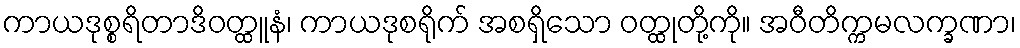
ကာယဒုစ္စရိတာဒိဝတ္ထူနံ၊ ကာယဒုစရိုက် အစရှိသော ဝတ္ထုတို့ကို။ အဝီတိက္ကမလက္ခဏာ၊